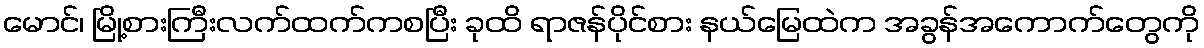
မောင်၊ မြို့စားကြီးလက်ထက်ကစပြီး ခုထိ ရာဇန်ပိုင်စား နယ်မြေထဲက အခွန်အကောက်တွေကို